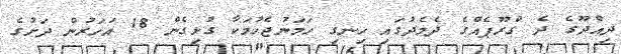
ދިއްދޫގެ ދެ ގްރޫޕެއްގެ ދެމެދުގައި ހިނގި ހަމަނުޖެހުމަކާ ގުޅިގެން 18 އަހަރުން ދަށުގެ